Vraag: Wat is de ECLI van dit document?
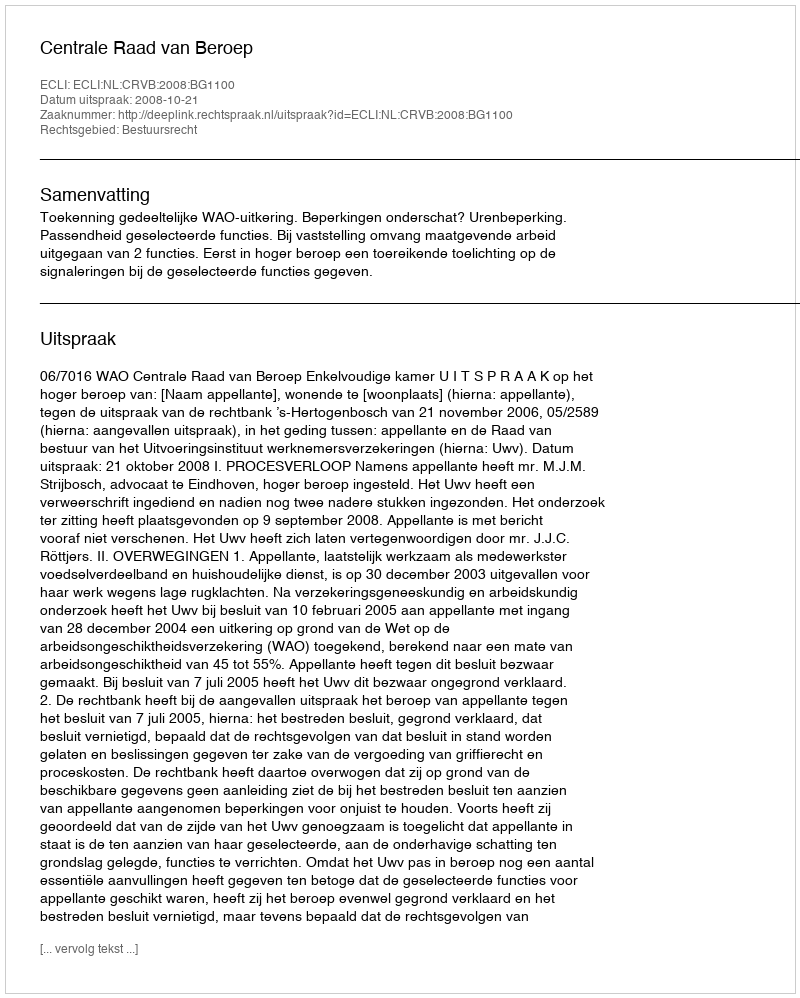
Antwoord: ECLI:NL:CRVB:2008:BG1100